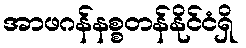
အာဖဂန်နစ္စတန်နိုင်ငံရှိ